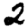
Digit: 2